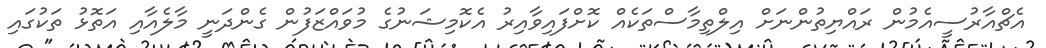
އެޗްއާރުސީއެމުން ރައްޔިތުންނަށް އިލްތިމާސްތަކެއް ކޮށްފައިވާއިރު އެކޮމިޝަނުގެ މުވައްޒަފުން ގެންދަނީ މާލެއާއި އަތޮޅު ތަކުގައި